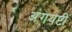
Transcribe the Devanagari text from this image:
अंगयष्टी